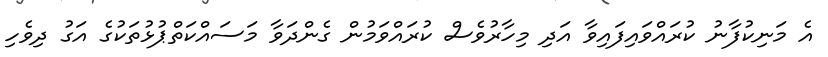
އެ މަނިކުފާނު ކުރައްވައިފައިވާ އަދި މިހާރުވެސް ކުރައްވަމުން ގެންދަވާ މަސައްކަތްޕުޅުތަކުގެ އަގު ދިވެހި